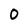
Character: O